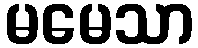
မမေသာ